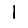
Digit: 1